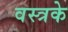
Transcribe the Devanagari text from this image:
वस्त्रके